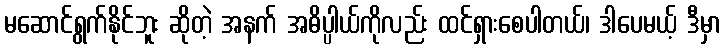
မဆောင်ရွက်နိုင်ဘူး ဆိုတဲ့ အနက် အဓိပ္ပါယ်ကိုလည်း ထင်ရှားစေပါတယ်၊ ဒါပေမယ့် ဒီမှာ